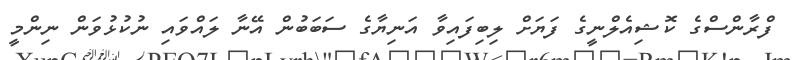
ފްރާންސްގެ ކޮޝިއެލްނީގެ ފަޔަށް ލިބިފައިވާ އަނިޔާގެ ސަބަބުން އޭނާ ލައްވައި ނުކުޅުވަން ނިންމީ